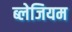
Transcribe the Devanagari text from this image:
ब्लेजियम